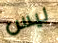
ليس